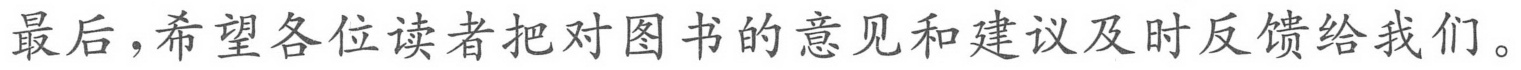
最后，希望各位读者把对图书的意见和建议及时反馈给我们。